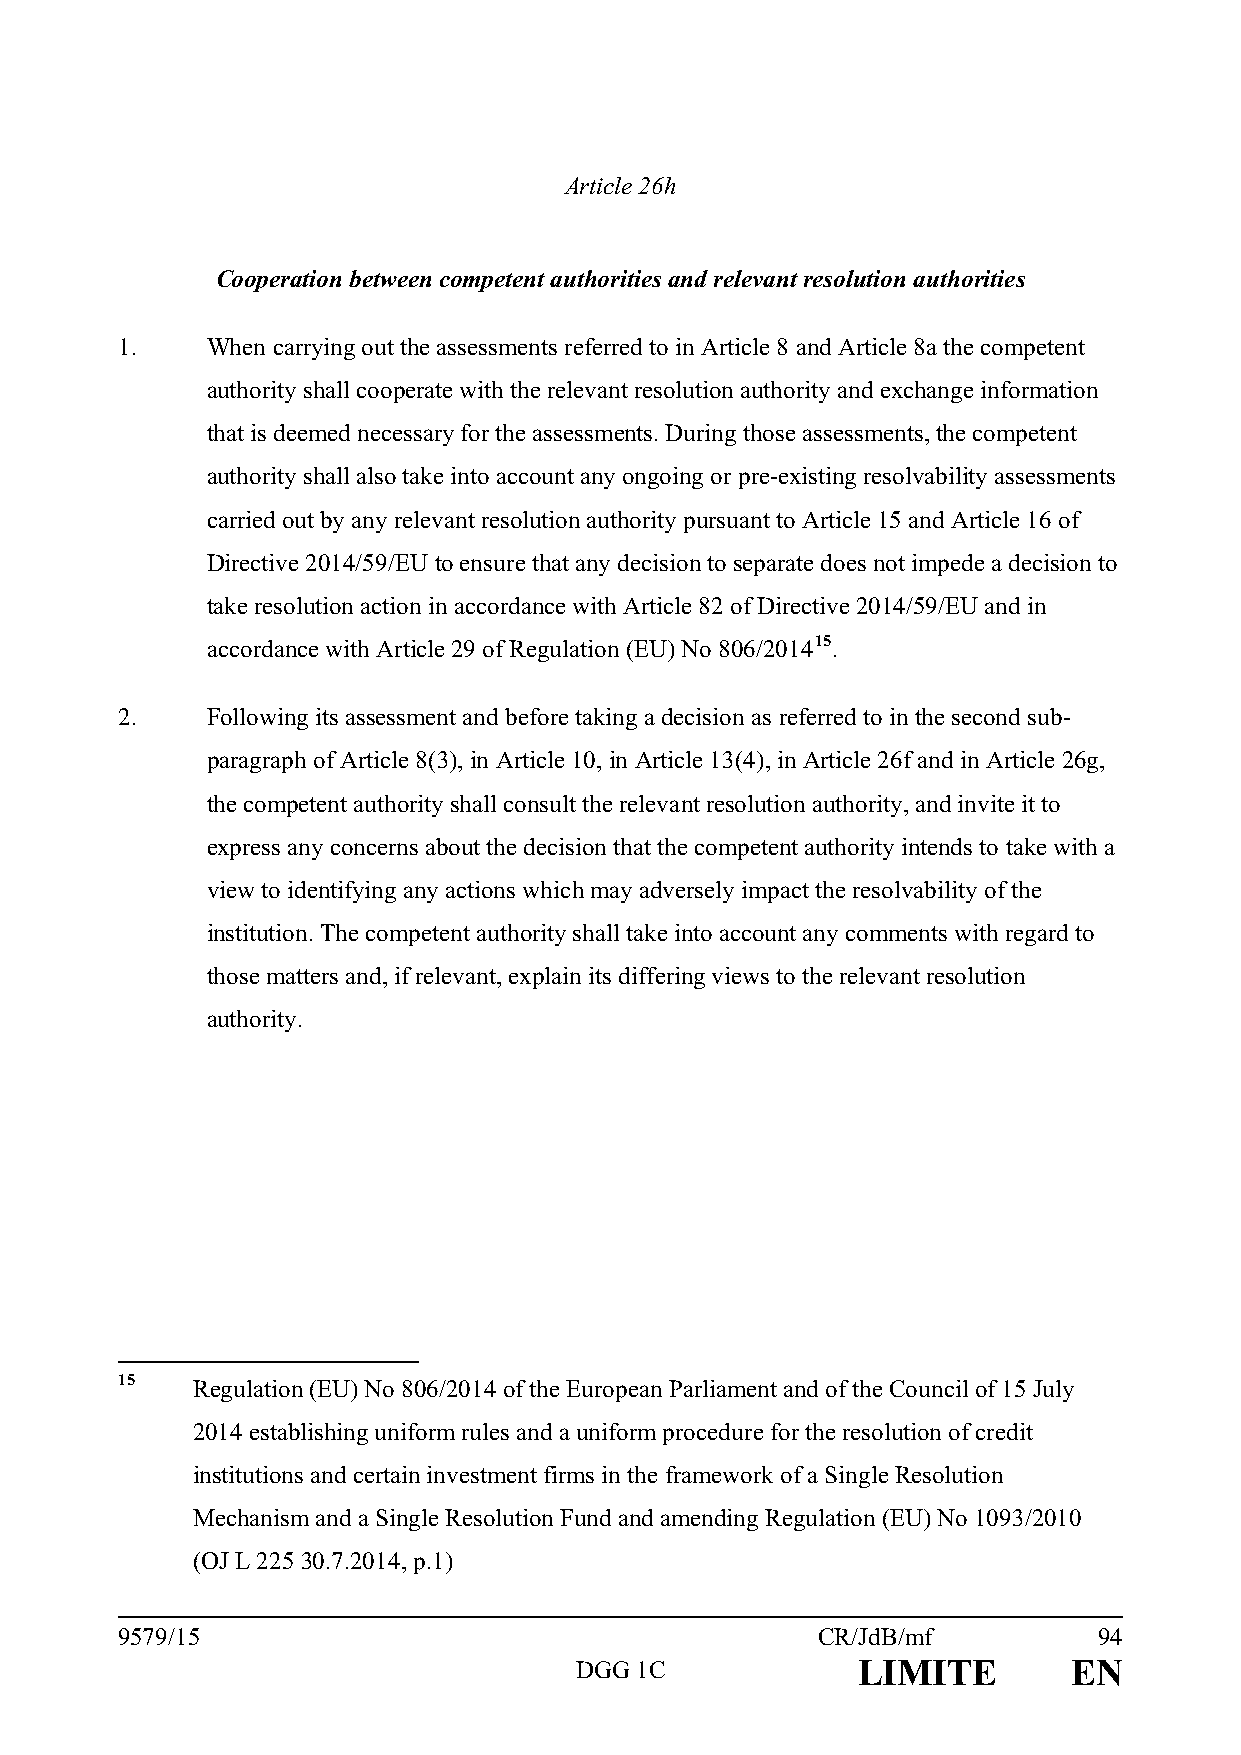
Article 26h
 Cooperation between competent authorities and relevant resolution authorities
 1.    When carrying out the assessments referred to in Article 8 and Article 8a the competent
 authority shall cooperate with the relevant resolution authority and exchange information
 that is deemed necessary for the assessments. During those assessments, the competent
 authority shall also take into account any ongoing or pre-existing resolvability assessments
 carried out by any relevant resolution authority pursuant to Article 15 and Article 16 of
 Directive 2014/59/EU to ensure that any decision to separate does not impede a decision to
 take resolution action in accordance with Article 82 of Directive 2014/59/EU and in
 accordance with Article 29 of Regulation (EU) No 806/201415.
 2.    Following its assessment and before taking a decision as referred to in the second sub-
 paragraph of Article 8(3), in Article 10, in Article 13(4), in Article 26f and in Article 26g,
 the competent authority shall consult the relevant resolution authority, and invite it to
 express any concerns about the decision that the competent authority intends to take with a
 view to identifying any actions which may adversely impact the resolvability of the
 institution. The competent authority shall take into account any comments with regard to
 those matters and, if relevant, explain its differing views to the relevant resolution
 authority.
 15   Regulation (EU) No 806/2014 of the European Parliament and of the Council of 15 July
 2014 establishing uniform rules and a uniform procedure for the resolution of credit
 institutions and certain investment firms in the framework of a Single Resolution
 Mechanism and a Single Resolution Fund and amending Regulation (EU) No 1093/2010
 (OJ L 225 30.7.2014, p.1)
 9579/15                                       CR/JdB/mf          94
 DGG 1C             LIMITE        EN